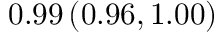
0 . 9 9 \left( 0 . 9 6 , 1 . 0 0 \right)